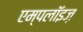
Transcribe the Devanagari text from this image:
एम्पलॉइज़